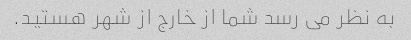
به نظر می رسد شما از خارج از شهر هستید.